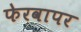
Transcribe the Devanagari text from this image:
फेरवापर